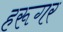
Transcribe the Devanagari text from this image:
हरूगर